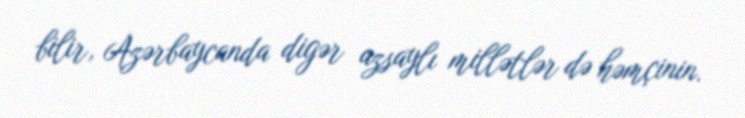
bilir, Azərbaycanda digər azsaylı millətlər də həmçinin.